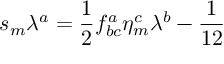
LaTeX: s _ { m } \lambda ^ { a } = \frac { 1 } { 2 } f _ { b c } ^ { a } \eta _ { m } ^ { c } \lambda ^ { b } - \frac { 1 } { 1 2 }